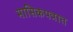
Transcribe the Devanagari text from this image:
मासिकपत्रात